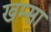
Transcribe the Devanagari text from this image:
खम्सा